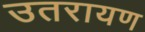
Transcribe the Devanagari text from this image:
उतरायण